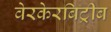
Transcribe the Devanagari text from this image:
वेरकेरबिट्रीब